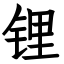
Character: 锂